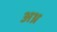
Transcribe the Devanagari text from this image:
अथ्र